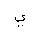
Letter: _ya